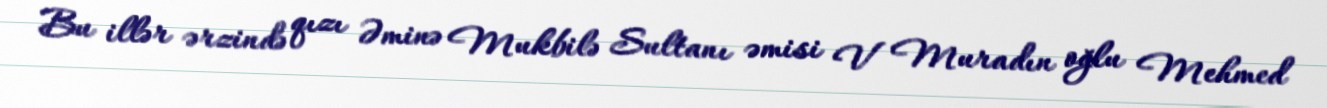
Bu illər ərzində qızı Əminə Mukbilə Sultanı əmisi V Muradın oğlu Mehmed